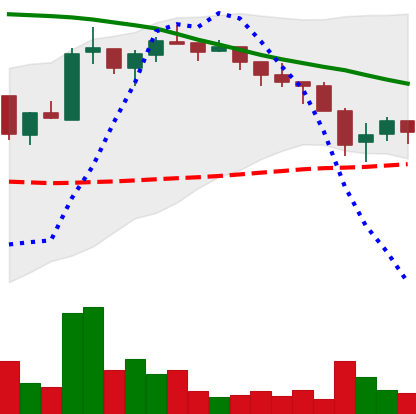
Ticker: ADA-USD
Chart end date: 2018-05-14
Forward return: -11.031%
Label: down_7plus